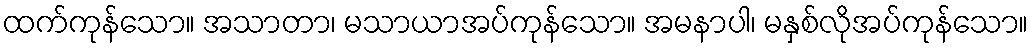
ထက်ကုန်သော။ အသာတာ၊ မသာယာအပ်ကုန်သော။ အမနာပါ၊ မနှစ်လိုအပ်ကုန်သော။